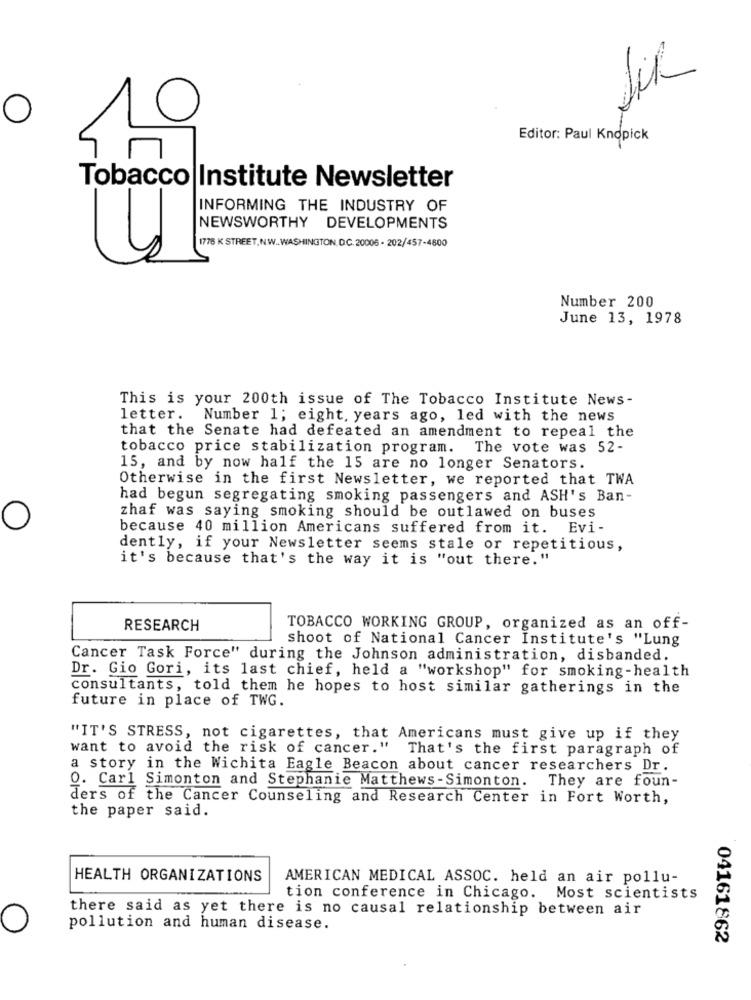
SiR
Editor: Paul Knopick
Tobacco Institute Newsletter
INFORMING THE INDUSTRY OF
NEWSWORTHY DEVELOPMENTS
1776 K STREET, NW .. WASHINGTON, D.C. 20006 - 202/457-4800
Number 200
June 13, 1978
This is your 200th issue of The Tobacco Institute News-
letter. Number 1; eight, years ago, led with the news
that the Senate had defeated an amendment to repeal the
tobacco price stabilization program. The vote was 52-
15, and by now half the 15 are no longer Senators.
Otherwise in the first Newsletter, we reported that TWA
had begun segregating smoking passengers and ASH's Ban-
zhaf was saying smoking should be outlawed on buses
because 40 million Americans suffered from it. Evi-
dently, if your Newsletter seems stale or repetitious,
it's because that's the way it is "out there."
RESEARCH
TOBACCO WORKING GROUP, organized as an off-
shoot of National Cancer Institute's "Lung
Cancer Task Force" during the Johnson administration, disbanded.
Dr. Gio Gori, its last chief, held a "workshop" for smoking-health
consultants, told them he hopes to host similar gatherings in the
future in place of TWG.
"IT'S STRESS, not cigarettes, that Americans must give up if they
want to avoid the risk of cancer." That's the first paragraph of
a story in the Wichita Eagle Beacon about cancer researchers Dr.
O. Carl Simonton and Stephanie Matthews-Simonton. They are foun-
ders of the Cancer Counseling and Research Center in Fort Worth,
the paper said.
HEALTH ORGANIZATIONS
AMERICAN MEDICAL ASSOC. held an air pollu-
tion conference in Chicago. Most scientists
there said as yet there is no causal relationship between air
pollution and human disease.
04161862